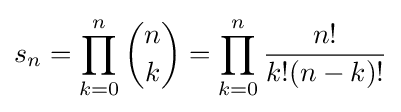
s_{n}=\prod _{k=0}^{n}{n \choose k}=\prod _{k=0}^{n}{\frac {n!}{k!(n-k)!}}